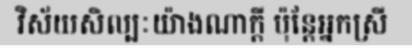
វិស័យសិល្បៈយ៉ាងណាក្តី ប៉ុន្តែអ្នកស្រី